Scottish Certificate of Education, 1963
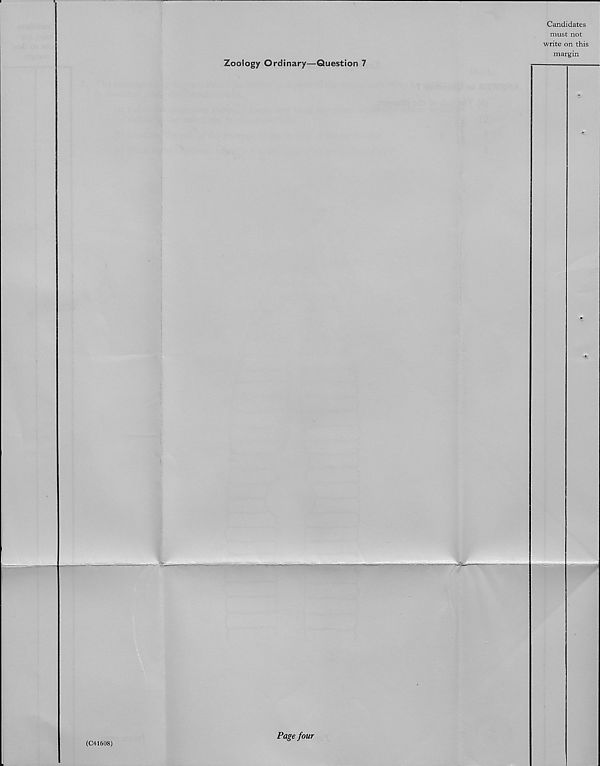
Candidates
must not
write on this
margin
Zoology Ordinary—Question 7
(C41608)
Page four